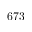
6 7 3